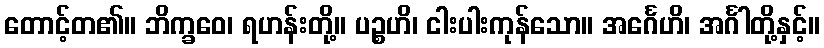
တောင့်တ၏။ ဘိက္ခဝေ၊ ရဟန်းတို့။ ပဉ္စဟိ၊ ငါးပါးကုန်သော။ အင်္ဂေဟိ၊ အင်္ဂါတို့နှင့်။